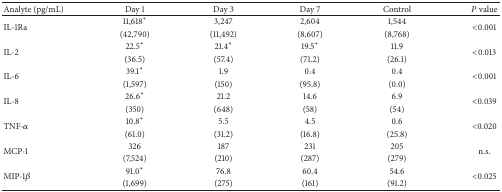
| Analyte (pg/mL) | Day 1 | Day 3 | Day 7 | Control | P value |
 | --- | --- | --- | --- | --- | --- |
 | <ROWSPAN=2> IL-1Ra | 11,618* | 3,247 | 2,604 | 1,544 | <ROWSPAN=2> <0.001 |
 | (42,790) | (11,492) | (8,607) | (8,768) |
 | <ROWSPAN=2> IL-2 | 22.5* | 21.4* | 19.5* | 11.9 | <ROWSPAN=2> <0.013 |
 | (36.5) | (57.4) | (71.2) | (26.1) |
 | <ROWSPAN=2> IL-6 | 39.1* | 1.9 | 0.4 | 0.4 | <ROWSPAN=2> <0.001 |
 | (1,597) | (150) | (95.8) | (0.0) |
 | <ROWSPAN=2> IL-8 | 26.6* | 21.2 | 14.6 | 6.9 | <ROWSPAN=2> <0.039 |
 | (350) | (648) | (58) | (54) |
 | <ROWSPAN=2> TNF-α | 10.8* | 5.5 | 4.5 | 0.6 | <ROWSPAN=2> <0.020 |
 | (61.0) | (31.2) | (16.8) | (25.8) |
 | <ROWSPAN=2> MCP-1 | 326 | 187 | 231 | 205 | <ROWSPAN=2> n.s. |
 | (7,524) | (210) | (287) | (279) |
 | <ROWSPAN=2> MIP-1β | 91.0* | 76.8 | 60.4 | 54.6 | <ROWSPAN=2> <0.025 |
 | (1,699) | (275) | (161) | (91.2) |